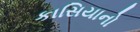
કાસિયાનો